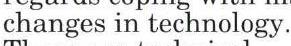
changes in technology.